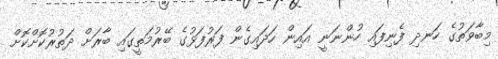
މިބާވަތުގެ ހަނދި ފެނިފައި ހުންނަނީ އައިން ހަދައިގެން ފަރުފަޅުގެ ބޭރުމަތީގައި ބާރަށް ދަތުރުކޮށްކޮށް